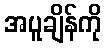
အပူချိန်ကို